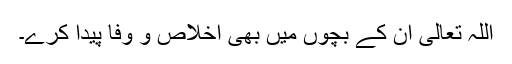
اللہ تعالیٰ ان کے بچوں میں بھی اخلاص و وفا پیدا کرے۔